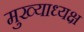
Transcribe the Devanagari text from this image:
मुख्याध्यक्ष